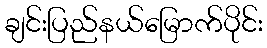
ချင်းပြည်နယ်မြောက်ပိုင်း